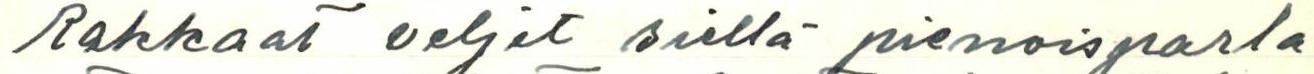
Rakkaat veljet siellä pienoisparla